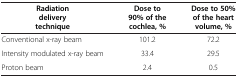
<table><thead><tr><td><b>Radiation delivery technique</b></td><td><b>Dose to 90% of the cochlea, %</b></td><td><b>Dose to 50% of the heart volume, %</b></td></tr></thead><tbody><tr><td>Conventional x-ray beam</td><td>101.2</td><td>72.2</td></tr><tr><td>Intensity modulated x-ray beam</td><td>33.4</td><td>29.5</td></tr><tr><td>Proton beam</td><td>2.4</td><td>0.5</td></tr></tbody></table>